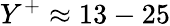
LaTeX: Y^{+}\approx 13-25